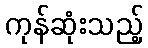
ကုန်ဆုံးသည့်